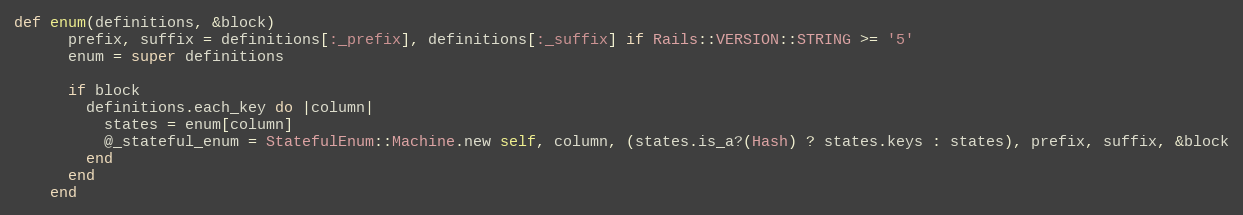
Language: Ruby
def enum(definitions, &block)
      prefix, suffix = definitions[:_prefix], definitions[:_suffix] if Rails::VERSION::STRING >= '5'
      enum = super definitions

      if block
        definitions.each_key do |column|
          states = enum[column]
          @_stateful_enum = StatefulEnum::Machine.new self, column, (states.is_a?(Hash) ? states.keys : states), prefix, suffix, &block
        end
      end
    end